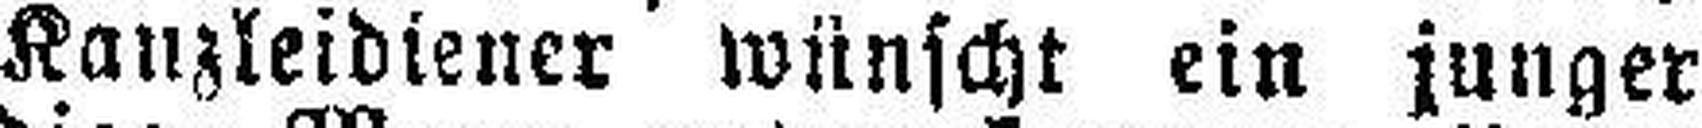
Kanzleidiener wünscht ein junger